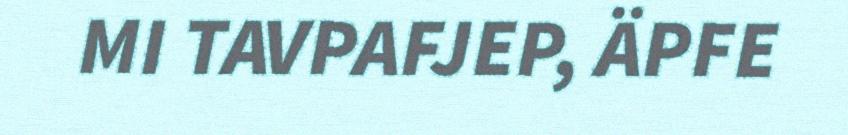
MI TAVPAFJEP, ÄPFE